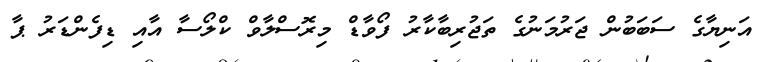
އަނިޔާގެ ސަބަބުން ޖަރުމަނުގެ ތަޖުރިބާކާރު ފޯވާޑް މިރޮސްލާވް ކްލޯސާ އާއި ޑިފެންޑަރު ޕާ